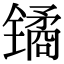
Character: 𫔎